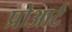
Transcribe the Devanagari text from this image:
प्रोआर्ट